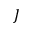
J